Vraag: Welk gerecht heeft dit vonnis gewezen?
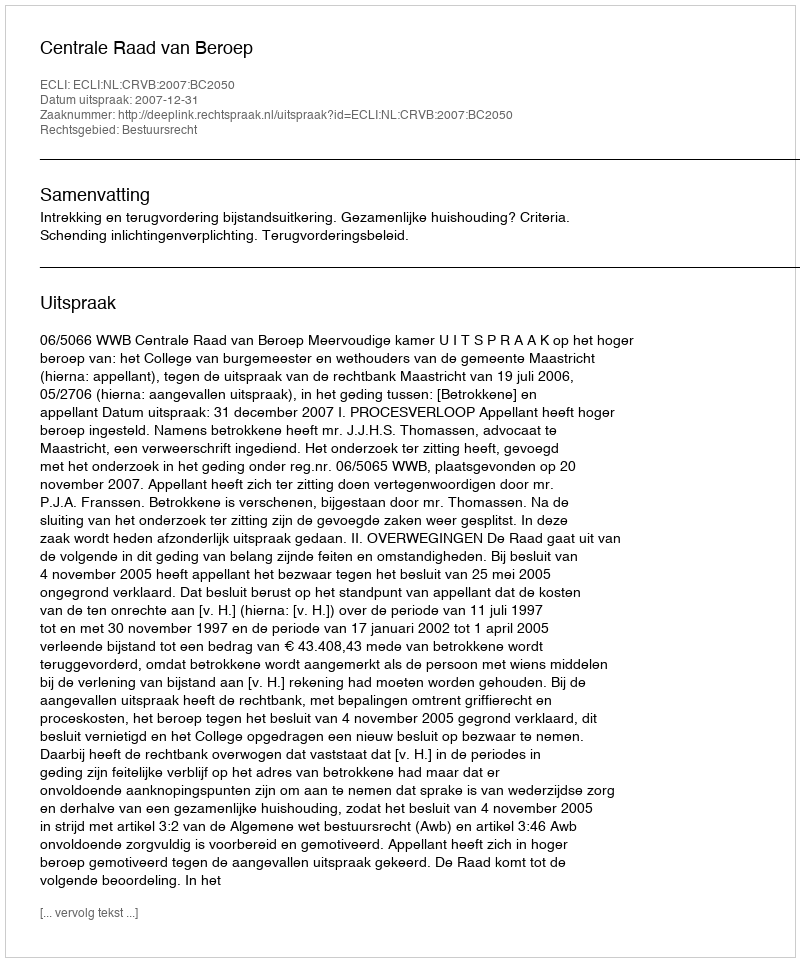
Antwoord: Centrale Raad van Beroep